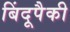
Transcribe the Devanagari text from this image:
बिंदूपैकी